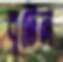
বৃটেন